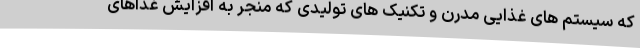
که سیستم های غذایی مدرن و تکنیک های تولیدی که منجر به افزایش غذاهای